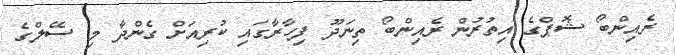
ރެއިންބޯ ޝޮޕްގެ އިތުރުން ރެއިންބޯ ތިނަދޫ ފިހާރާގައި ކުރިއަށް ގެންދާ މި ސޭލްގެ